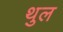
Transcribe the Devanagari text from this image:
थुल